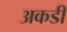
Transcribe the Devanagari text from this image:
अकडी